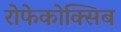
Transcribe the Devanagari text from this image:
रोफेकोक्सिब